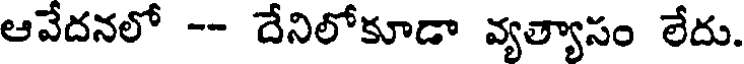
ఆవేదనలో -- దేనిలోకూడా వ్యత్యాసం లేదు.